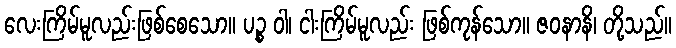
လေးကြိမ်မူလည်းဖြစ်စေသော။ ပဉ္စ ဝါ၊ ငါးကြိမ်မူလည်း ဖြစ်ကုန်သော။ ဇဝနာနိ၊ တို့သည်။